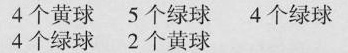
4个黄球 5个绿球 4个绿球 4个绿球 2个黄球